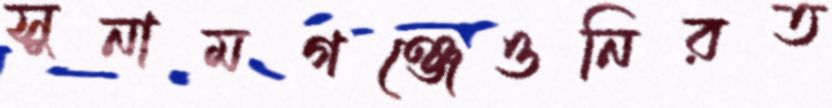
সুনামগঞ্জেওনিরত